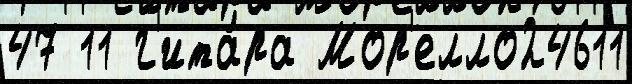
47 11 г'ита́ра Мор'елло24611